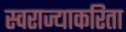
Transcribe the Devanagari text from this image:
स्वराज्याकरिता